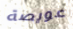
عويصة